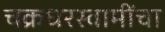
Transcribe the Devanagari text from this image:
चक्रधरस्वामींचा